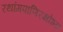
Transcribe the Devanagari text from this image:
रथांगपाणिरक्षोभ्यः